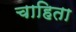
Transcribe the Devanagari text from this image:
चाहिता